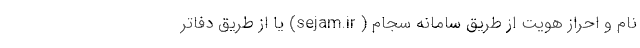
نام و احراز هویت از طریق سامانه سجام ( sejam.ir) یا از طریق دفاتر